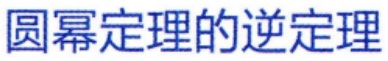
圆幂定理的逆定理